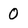
Character: 0